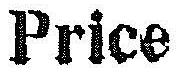
PRICE